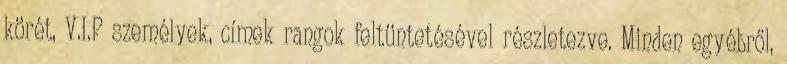
körét, V.I.P személyek, címek rangok feltüntetésével részletezve. Minden egyébről,